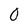
Character: 0